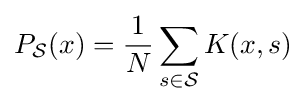
P_{\mathcal {S}}(x)={\frac {1}{N}}\sum _{s\in {\mathcal {S}}}K(x,s)